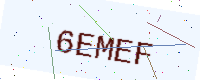
Text: 6EMEF